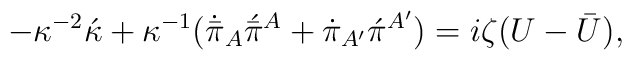
-\kappa^{-2}\acute{\kappa} +\kappa^{-1}(\dot{\bar{\pi}}_A\acute{\bar{\pi}}{}^A +\dot{\pi}_{A'}\acute{\pi}{}^{A'}) = i\zeta(U - \bar{U}),